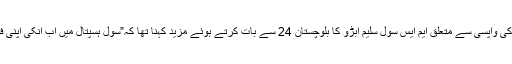
سیکورٹی فورسز کی واپسی سے متعلق ایم ایس سول سلیم ابڑو کا بلوچستان 24 سے بات کرتے ہوئے مزید کہنا تھا کہ”سول ہسپتال میں اب انکی اپنی فورسز تعینات ہیں۔